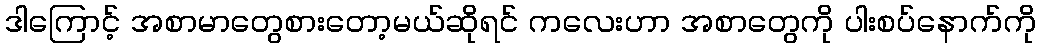
ဒါကြောင့် အစာမာတွေစားတော့မယ်ဆိုရင် ကလေးဟာ အစာတွေကို ပါးစပ်နောက်ကို